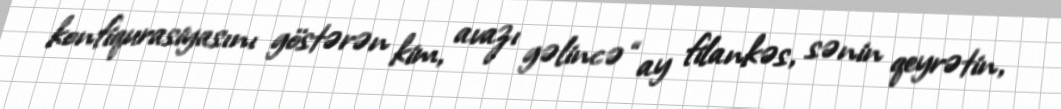
konfiqurasiyasını göstərən kim, avazı gəlincə “ay filankəs, sənin qeyrətin,